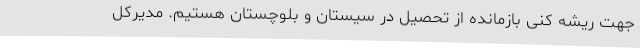
جهت ریشه کنی بازمانده از تحصیل در سیستان و بلوچستان هستیم. مدیرکل